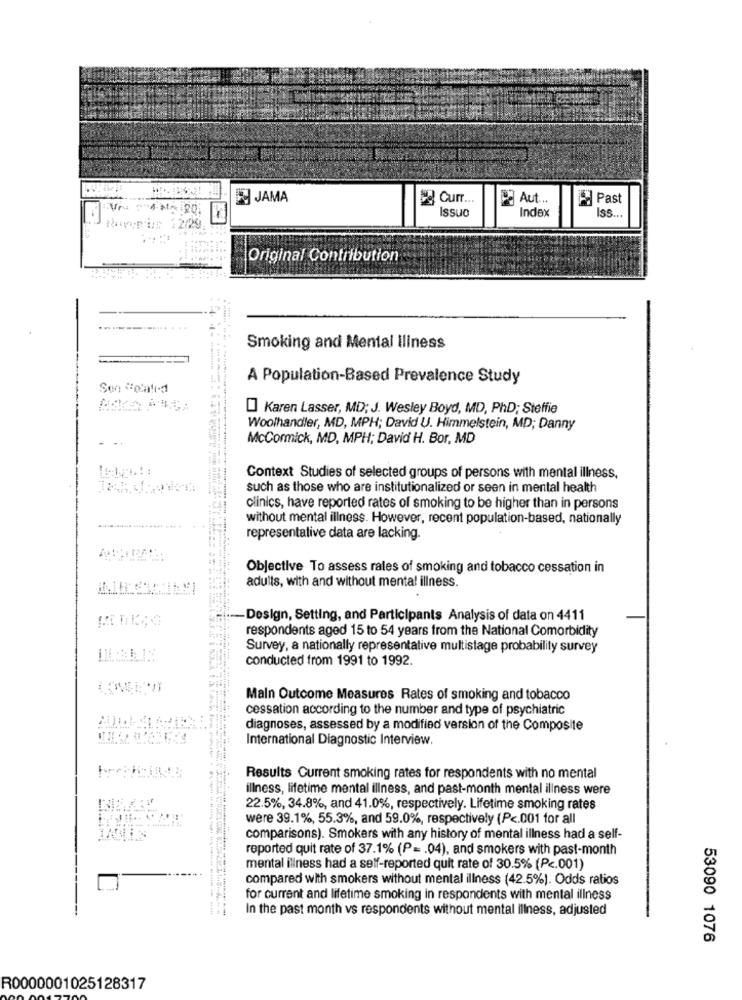
JAMA
Curr ...
Aut ...
Past
Issuo
Index
Iss ...
1.0
Original Contribution
-----....... ..
Smoking and Mental illness
A Population-Based Prevalence Study
Karen Lasser, MD; J. Wesley Boyd, MD, PhD; Steffie
Woolhandler, MD, MPH; David U. Himmelstein, MD; Danny
McCormick, MD, MPH; David H. Bor, MD
Context Studies of selected groups of persons with mental illness,
such as those who are institutionalized or seen in mental health
clinics, have reported rates of smoking to be higher than in persons
without mental illness. However, recent population-based, nationally
representative data are lacking.
Objective To assess rales of smoking and tobacco cessation in
adults, with and without mental illness.
-- Design, Setting, and Participants Analysis of data on 4411
respondents aged 15 to 54 years from the National Comorbidity
Survey, a nationally representative multistage probability survey
conducted from 1991 to 1992.
Main Outcome Measures Rates of smoking and tobacco
cessation according to the number and type of psychiatric
diagnoses, assessed by a modified version of the Composite
International Diagnostic Interview.
Results Current smoking rates for respondents with no mental
illness, lifetime mental illness, and past-month mental illness were
22.5%, 34.8%, and 41.0%, respectively. Lifetime smoking rates
were 39.1%, 55.3%, and 59.0%, respectively (P <. 001 for all
comparisons). Smokers with any history of mental illness had a self-
reported quit rate of 37.1% (P =. 04), and smokers with past-month
mental illness had a self-reported quit rate of 30.5% (Pc.001)
compared with smokers without mental illness (42.5%). Odds ratios
for current and lifetime smoking in respondents with mental illness
In the past month vs respondents without mental illness, adjusted
53090 1076
R0000001025128317